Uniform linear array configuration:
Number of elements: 8
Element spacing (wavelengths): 0.75
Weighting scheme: hann
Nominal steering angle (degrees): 30
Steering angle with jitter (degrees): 30.899
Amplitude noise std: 0.05
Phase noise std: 0.05

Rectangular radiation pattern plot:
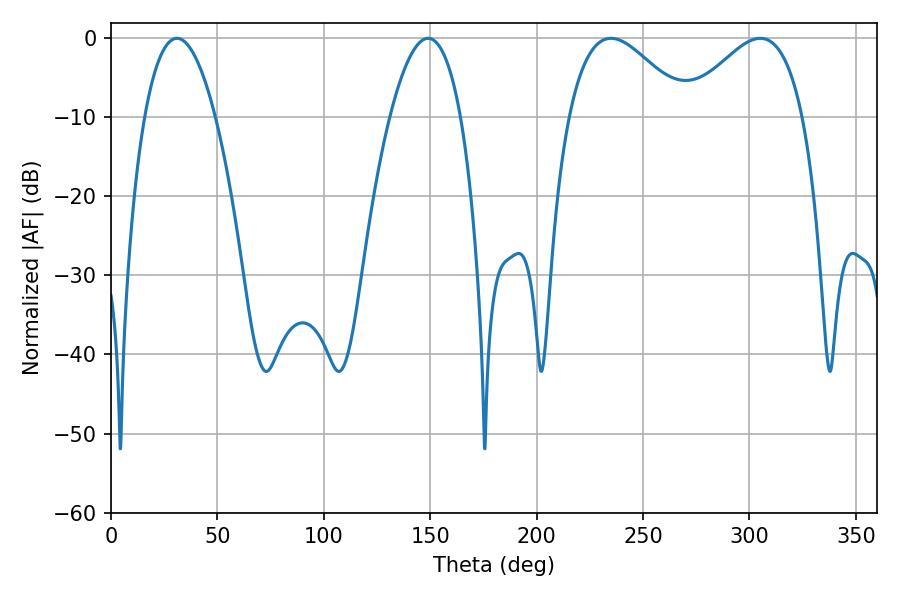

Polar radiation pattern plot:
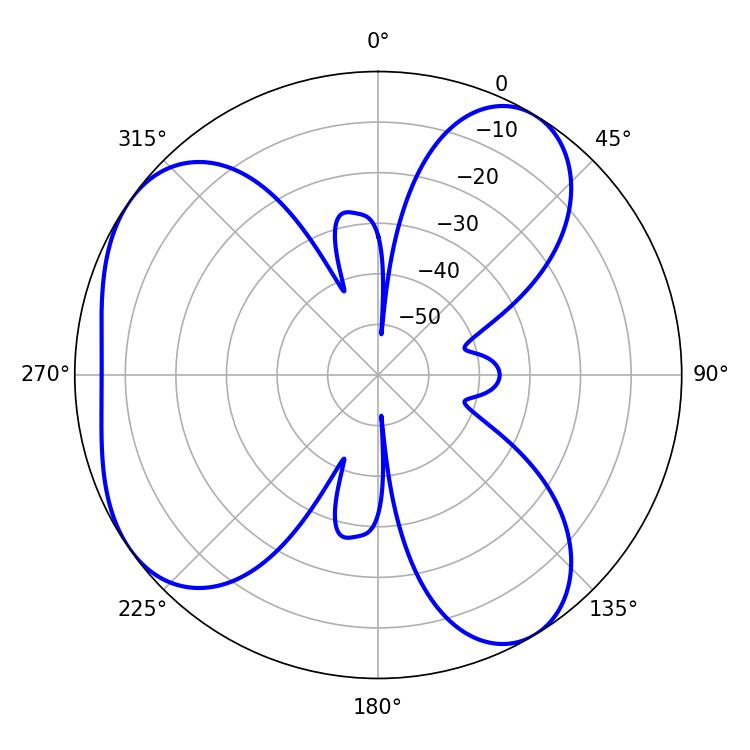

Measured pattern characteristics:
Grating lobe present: TRUE
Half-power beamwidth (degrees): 29.88
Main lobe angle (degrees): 234.9